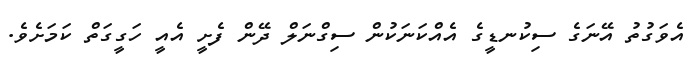
އެވަގުތު އޭނަގެ ސިކުނޑީގެ އެއްކަނަކުން ސިގްނަލް ދޭން ފެށީ އެއީ ހަގީގަތް ކަމަށެވެ.